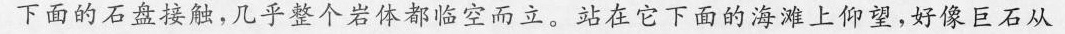
下面的石盘接触，几乎整个岩体都临空而立。站在它下面的海滩上仰望，好像巨石从